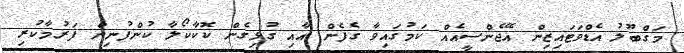
މަގްބޫލު އެޑްވަޓައިޒިން އޭޖެންސީއެއް ކަމުގައިވާ ގެފެން އާއި ގުޅިގެން ކޮކާކޯލާ ކުންފުނިން ފަރުމާކުރި